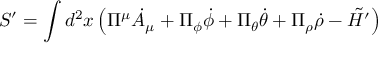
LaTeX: S ^ { \prime } = \int d ^ { 2 } x \left( \Pi ^ { \mu } { \dot { A } } _ { \mu } + \Pi _ { \phi } { \dot { \phi } } + \Pi _ { \theta } { \dot { \theta } } + \Pi _ { \rho } { \dot { \rho } } - \tilde { \cal H ^ { \prime } } \right)